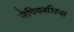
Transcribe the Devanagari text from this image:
चैपियनशिप्स